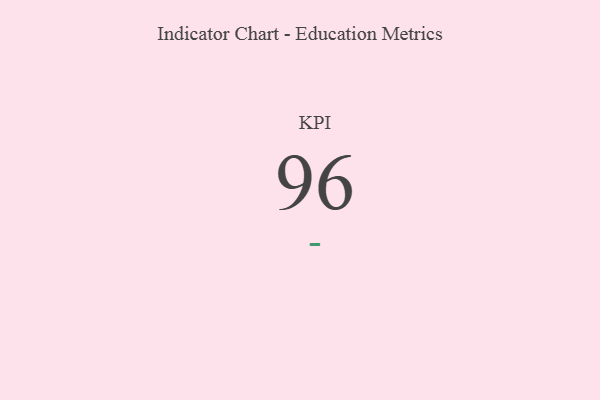
{"axis": {"x": "KPI", "y": "Value"}, "legend": [""], "data": [{"x": "KPI", "y": 96, "type": ""}]}